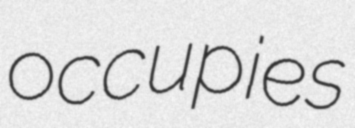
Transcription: occupies